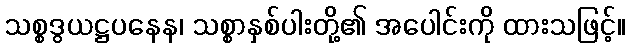
သစ္စဒွယဋ္ဌပနေန၊ သစ္စာနှစ်ပါးတို့၏ အပေါင်းကို ထားသဖြင့်။